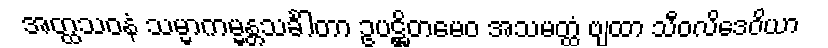
အတ္ထသဝနံ သမ္မာကမ္မန္တသင်္ခါတာ ဥပဋ္ဌိတမေဝ အသမတ္ထံ ဗျထာ သီဝလိဒေဝိယာ